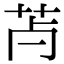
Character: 𦬿